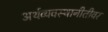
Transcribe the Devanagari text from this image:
अर्थव्यवस्थानीतीवर